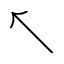
\nwarrow